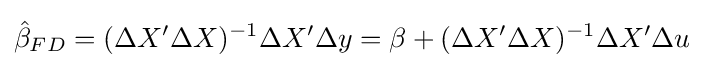
{\hat {\beta }}_{FD}=(\Delta X'\Delta X)^{-1}\Delta X'\Delta y=\beta +(\Delta X'\Delta X)^{-1}\Delta X'\Delta u